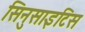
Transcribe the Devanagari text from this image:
सिनुसाइटिस